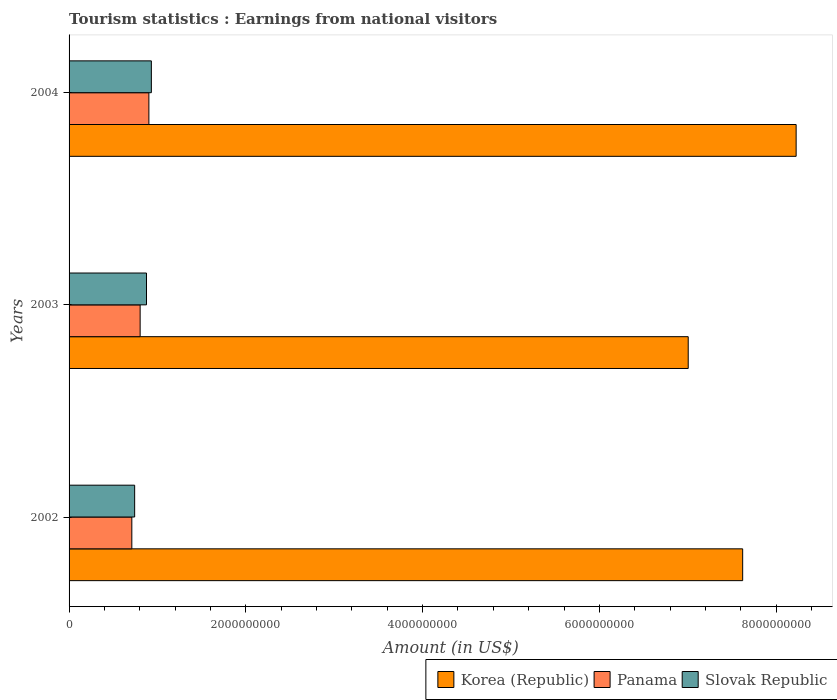
| Years | Korea (Republic) | Panama | Slovak Republic |
 | --- | --- | --- | --- |
 | 2002 | 7.62e+09 | 7.1e+08 | 7.42e+08 |
 | 2003 | 7.00e+09 | 8.04e+08 | 8.76e+08 |
 | 2004 | 8.23e+09 | 9.03e+08 | 9.31e+08 |